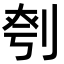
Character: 𪟉